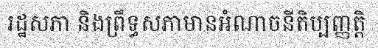
រដ្ឋសភា និងព្រឹទ្ធសភាមានអំណាចនីតិប្បញ្ញត្តិ